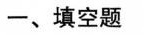
一、填空题